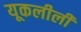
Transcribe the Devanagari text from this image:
यूकलीली